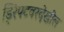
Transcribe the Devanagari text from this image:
ड्रिफ्टवरदेखील